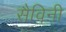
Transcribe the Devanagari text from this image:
सैविनी